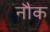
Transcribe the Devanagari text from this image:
नौक